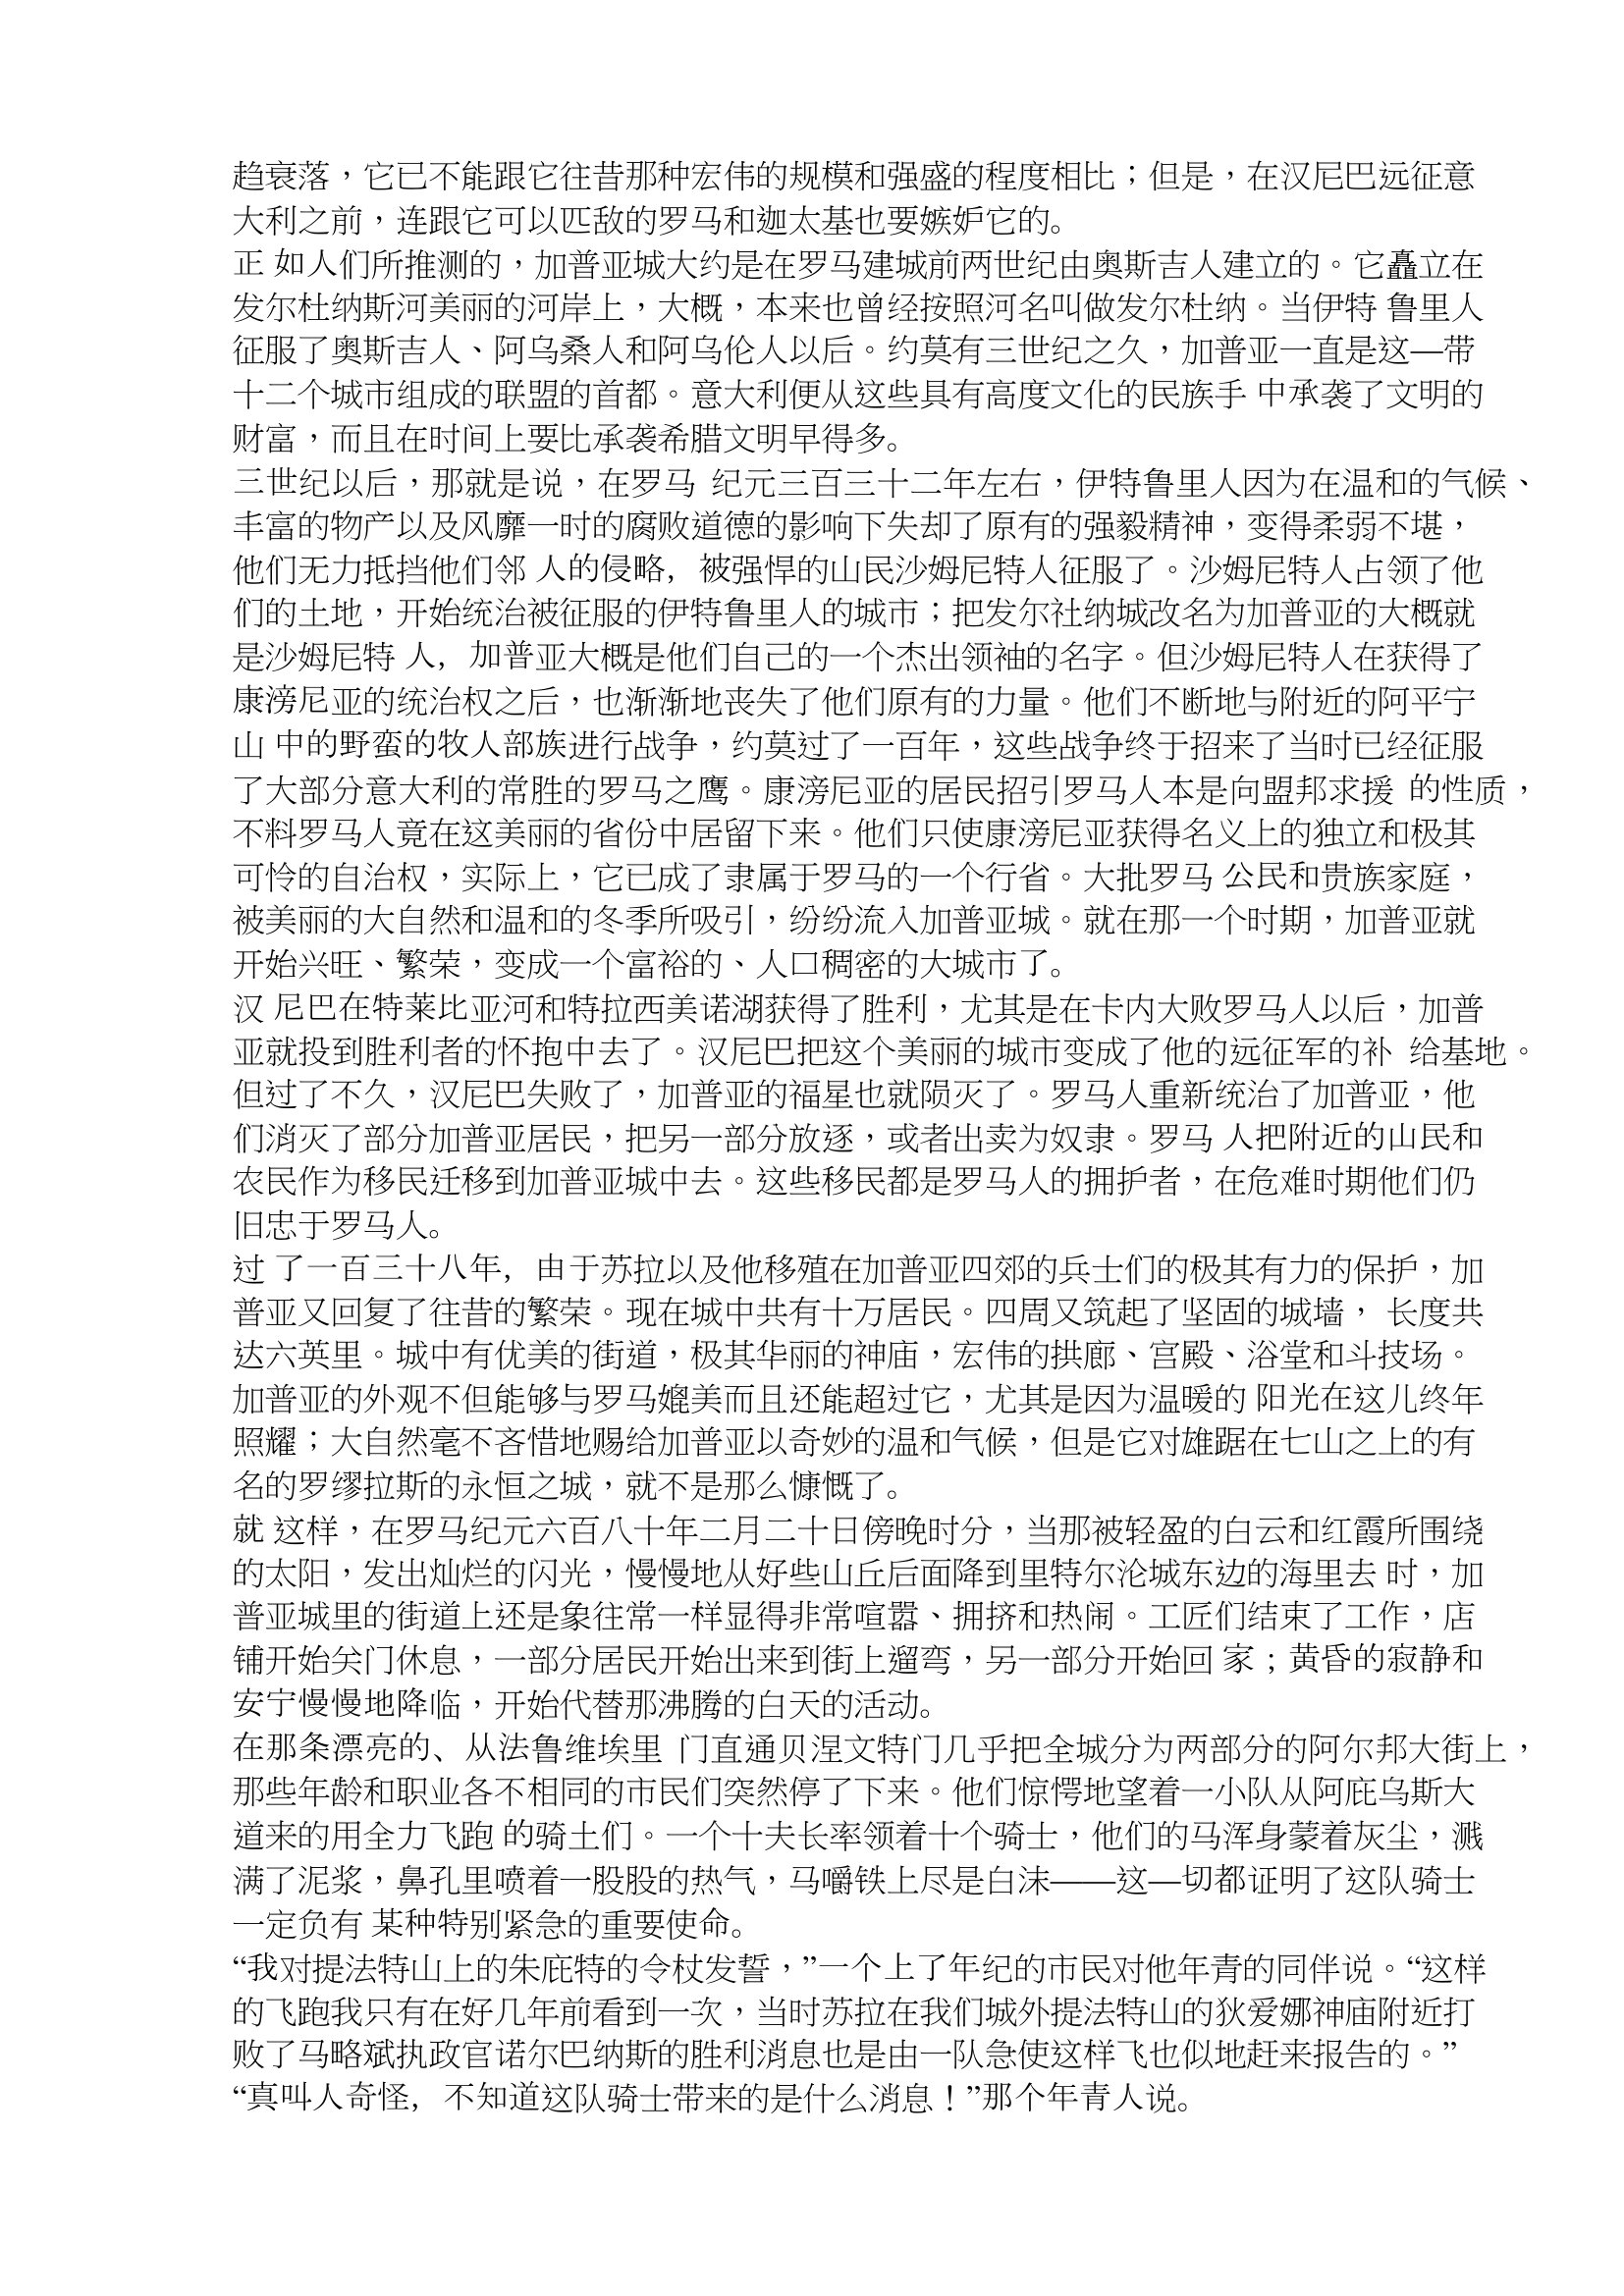
Language: zh